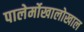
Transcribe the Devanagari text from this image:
पालेर्मोखालोखाल